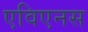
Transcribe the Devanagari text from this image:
एविएनस